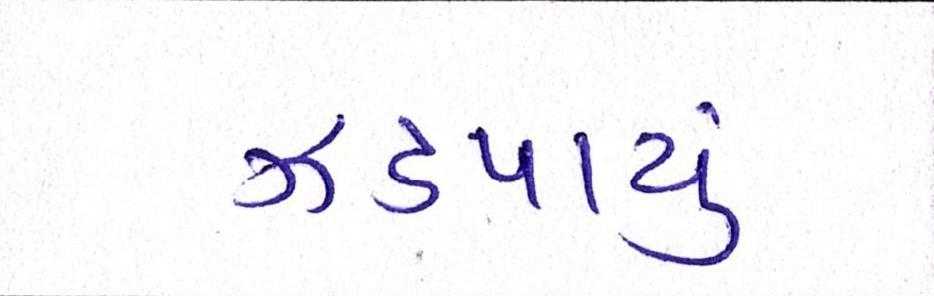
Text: ઝડપાયું